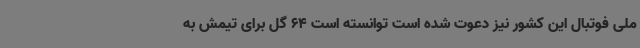
ملی فوتبال این کشور نیز دعوت شده است توانسته است 64 گل برای تیمش به